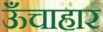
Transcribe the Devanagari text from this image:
ऊँचाहार